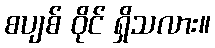
စပျစ် ဝိုင် ရှိသလား။